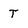
Character: t